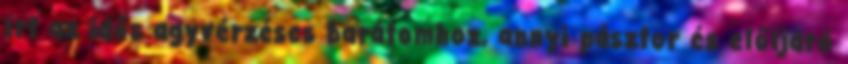
írt az idős agyvérzéses barátomhoz, annyi pásztor és előljáró